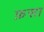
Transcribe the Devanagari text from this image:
फ़सा